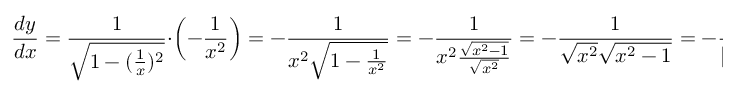
{ \frac { d y } { d x } } = { \frac { 1 } { \sqrt { 1 - ( { \frac { 1 } { x } } ) ^ { 2 } } } } \cdot \left( - { \frac { 1 } { x ^ { 2 } } } \right) = - { \frac { 1 } { x ^ { 2 } { \sqrt { 1 - { \frac { 1 } { x ^ { 2 } } } } } } } = - { \frac { 1 } { x ^ { 2 } { \frac { \sqrt { x ^ { 2 } - 1 } } { \sqrt { x ^ { 2 } } } } } } = - { \frac { 1 } { { \sqrt { x ^ { 2 } } } { \sqrt { x ^ { 2 } - 1 } } } } = - { \frac { 1 } { | x | { \sqrt { x ^ { 2 } - 1 } } } }